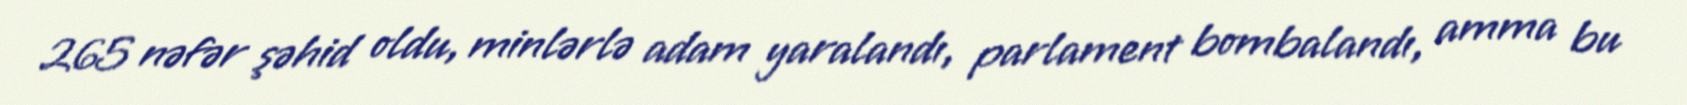
265 nəfər şəhid oldu, minlərlə adam yaralandı, parlament bombalandı, amma bu